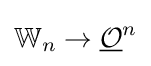
\mathbb {W} _{n}\to {\underline {\mathcal {O}}}^{n}